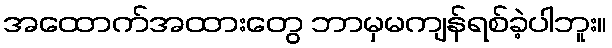
အထောက်အထားတွေ ဘာမှမကျန်ရစ်ခဲ့ပါဘူး။